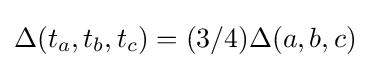
\Delta (t_{a},t_{b},t_{c})=(3/4)\Delta (a,b,c)